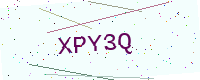
Text: XPY3Q